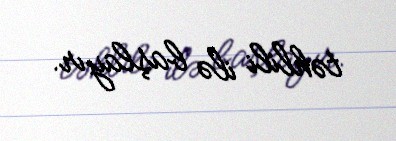
təhlili ilə başlayır.